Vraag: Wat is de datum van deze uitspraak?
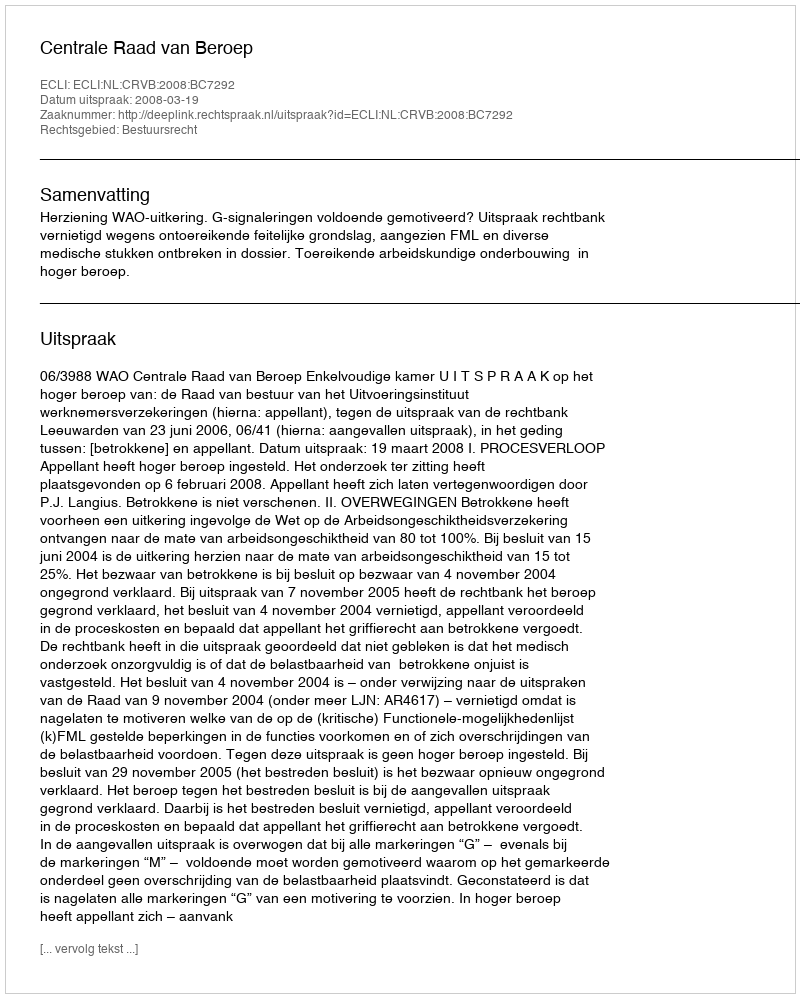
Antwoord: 2008-03-19